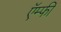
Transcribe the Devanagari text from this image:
ऍम्‍फी